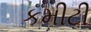
કમીટી